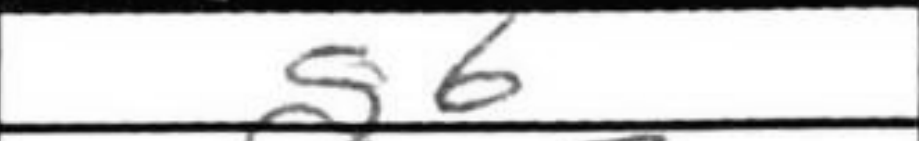
Transcription: g6